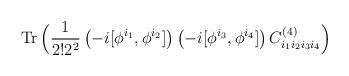
LaTeX: \begin{align*}\hbox{Tr}\,\Big( {\frac{1}{ 2! 2^2}}\left(-i[\phi^{i_1},\phi^{i_2}]\right)\left(-i[\phi^{i_3},\phi^{i_4}]\right) C^{(4)}_{i_1 i_2 i_3 i_4}\Big)\end{align*}